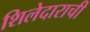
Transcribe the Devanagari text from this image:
शिलेदाराची